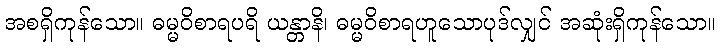
အစရှိကုန်သော။ ဓမ္မဝိစာရပရိ ယန္တာနိ၊ ဓမ္မဝိစာရဟူသောပုဒ်လျှင် အဆုံးရှိကုန်သော။